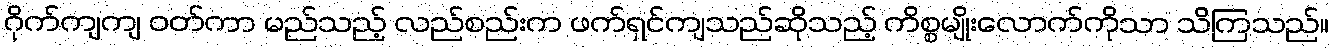
ဂိုက်ကျကျ ဝတ်ကာ မည်သည့် လည်စည်းက ဖက်ရှင်ကျသည်ဆိုသည့် ကိစ္စမျိုးလောက်ကိုသာ သိကြသည်။